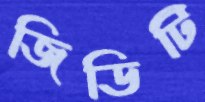
জিডিটি